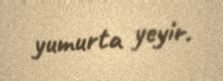
yumurta yeyir.